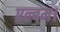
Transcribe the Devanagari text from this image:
एल्बम।